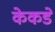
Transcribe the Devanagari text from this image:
केकडे